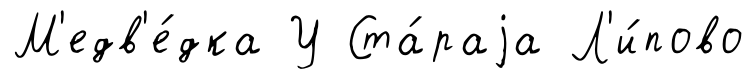
М'едв'е́дка У Ста́раjа Л'и́пово